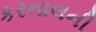
કરનાલની